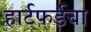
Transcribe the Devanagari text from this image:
हार्टफर्डचा